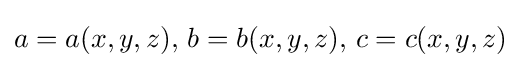
a=a(x,y,z),\,b=b(x,y,z),\,c=c(x,y,z)